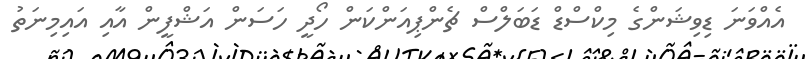
އެއްވަނަ ޑިވިޝަންގެ މިކްސްޑް ޑަބަލްސް ޗެންޕިއަންކަން ހޯދީ ހަސަން އަޝްފީން އާއި އައިމިނަތު